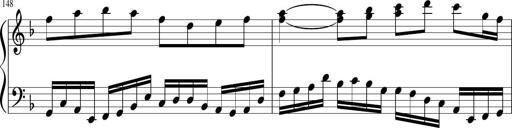
Title: Sonatina in F major
Composer: Ethan Ngo
Key: F major